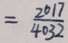
= \frac { 2 0 1 7 } { 4 0 3 2 }